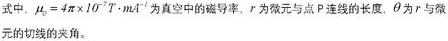
式中, $\mu_{0}=4 \pi \times 10^{-7} \mathrm{~T} \cdot \mathrm{m} / \mathrm{A}$ 为真空中的磁导率, $r$ 为微元与点 $P$ 连线的长度, $\theta$ 为 $r$ 与微